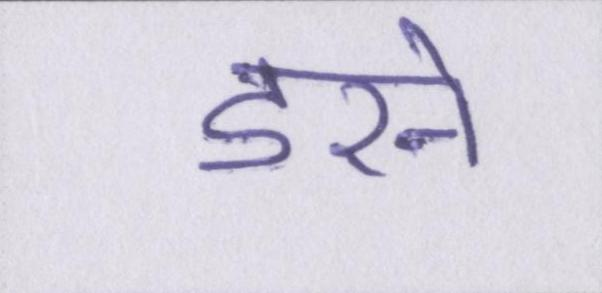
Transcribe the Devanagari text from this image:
डरने